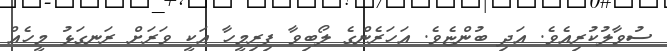
ސުވާލުކުރިއެވެ. އަދި ބުންޏެވެ. އަހަރެންގެ ލޯބިވާ ފިރިމީހާ އަކީ ވަރަށް ރަނގަޅު މީހެއް